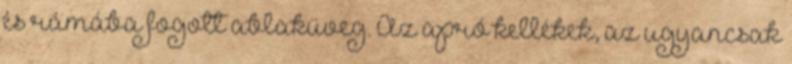
és rámába fogott ablaküveg. Az apró kellékek, az ugyancsak